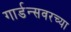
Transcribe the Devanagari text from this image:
गार्डन्सवरच्या